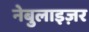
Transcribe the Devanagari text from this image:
नेबुलाइज़र